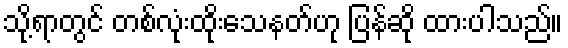
သို့ရာတွင် တစ်လုံးထိုးသေနတ်ဟု ပြန်ဆို ထားပါသည်။